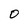
Character: O